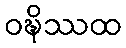
ဝဍ္ဎိဿထ